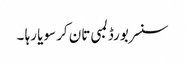
سنسر بورڈ لمبی تان کر سویا رہا ۔